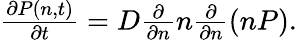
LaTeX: \begin{array}{r}{\frac{\partial P(n,t)}{\partial t}=D\frac{\partial}{\partial n}n\frac{\partial}{\partial n}\left(nP\right).}\end{array}